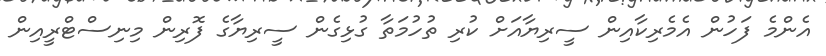
އެންމެ ފަހުން އެމެރިކާއިން ސީރިޔާއަށް ކުރި ތުހުމަތާ ގުޅިގެން ސީރިޔާގެ ފޮރިން މިނިސްޓްރީއިން